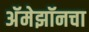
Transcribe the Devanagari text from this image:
अॅमेझॉनचा